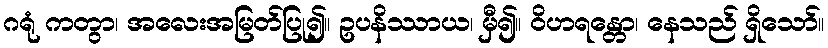
ဂရုံ ကတွာ၊ အလေးအမြတ်ပြု၍။ ဥပနိဿာယ၊ မှီ၍။ ဝိဟရန္တော၊ နေသည် ရှိသော်။